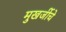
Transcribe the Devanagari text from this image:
मुखर्जीचे